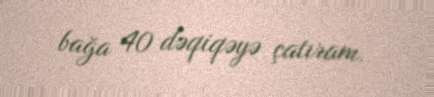
bağa 40 dəqiqəyə çatıram.